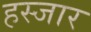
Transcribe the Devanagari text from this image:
हस्जार